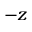
- z